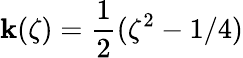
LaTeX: \mathbf{k}(\zeta)=\frac{{1}}{{2}}(\zeta^{2}-1/4)